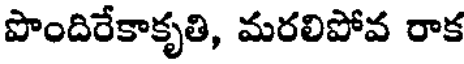
పొందిరేకాకృతి, మరలిపోవ రాక